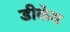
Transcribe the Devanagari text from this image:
डीकेय